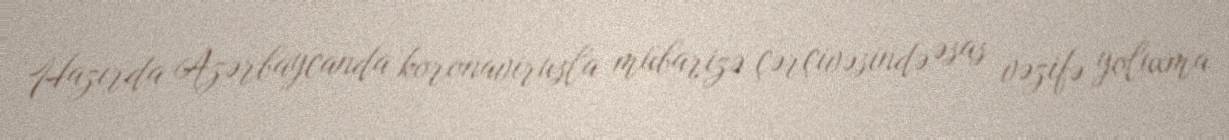
Hazırda Azərbaycanda koronavirusla mübarizə çərçivəsində əsas vəzifə yoluxma